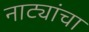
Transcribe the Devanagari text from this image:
नाट्यांचा